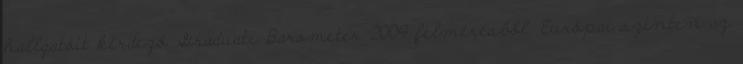
hallgatóit kérdező Graduate Barometer 2009 felmérésből. Európai szinten az